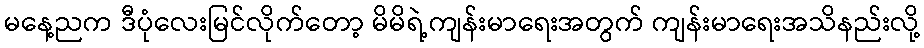
မနေ့ညက ဒီပုံလေးမြင်လိုက်တော့ မိမိရဲ့ကျန်းမာရေးအတွက် ကျန်းမာရေးအသိနည်းလို့